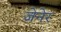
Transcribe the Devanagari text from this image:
जेनेर